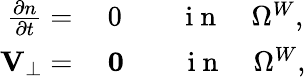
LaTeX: \begin{array}{rl}{\frac{\partial n}{\partial t}=}&{{}~0\qquad\mathrm{~i~n~}\quad\Omega^{W},}\\ {{\mathbf V}_{\perp}=}&{{}~\mathbf{0}\qquad\mathrm{~i~n~}\quad\Omega^{W},}\end{array}